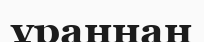
ұраннан